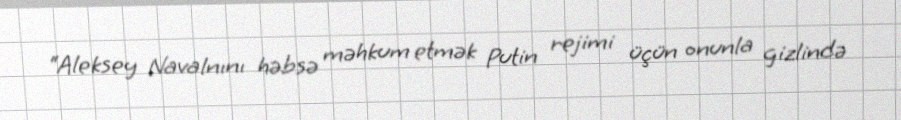
“Aleksey Navalnını həbsə məhkum etmək Putin rejimi üçün onunla gizlində